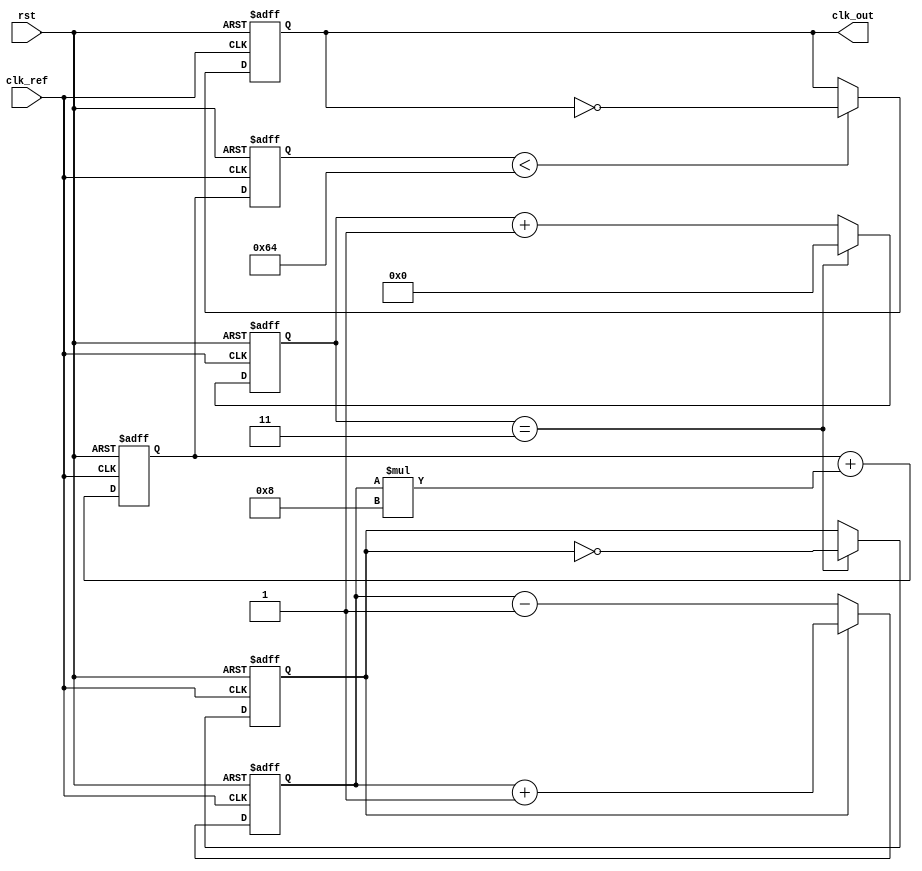
module ADPLL (
    input wire clk_ref,           // Reference clock input
    input wire rst,               // Reset signal
    output wire clk_out           // Output clock
);

// Parameters
parameter DIV_FACTOR = 4;       // Frequency divider factor
parameter PI_GAIN = 8;           // Gain for the PI filter
parameter VCO_MAX_FREQ = 100;    // Max frequency for the VCO

// Internal signals
reg [3:0] phase_error;           // Phase error from PD
reg [7:0] vco_tuning;            // Tuning value for VCO
reg [7:0] loop_filter_output;    // Output from the loop filter
reg [3:0] divider_count;         // Divider counter
reg vco_clk;                     // VCO clock output
reg clk_div;                     // Divided clock output

// Phase Detector (PD)
always @(posedge clk_ref or posedge rst) begin
    if (rst) begin
        phase_error <= 4'b0;
    end else begin
        // Simple phase detector logic (PFD)
        if (clk_div) begin
            phase_error <= phase_error + 1; // Increment if VCO clock leads
        end else begin
            phase_error <= phase_error - 1; // Decrement if VCO clock lags
        end
    end
end

// Frequency Divider
always @(posedge clk_ref or posedge rst) begin
    if (rst) begin
        divider_count <= 0;
        clk_div <= 0;
    end else begin
        if (divider_count == DIV_FACTOR - 1) begin
            clk_div <= ~clk_div; // Toggle output clock
            divider_count <= 0;
        end else begin
            divider_count <= divider_count + 1;
        end
    end
end

// Loop Filter (PI Filter)
always @(posedge clk_ref or posedge rst) begin
    if (rst) begin
        loop_filter_output <= 0;
    end else begin
        // Simple PI filter
        loop_filter_output <= loop_filter_output + (phase_error * PI_GAIN);
    end
end

// Digital VCO
always @(posedge clk_ref or posedge rst) begin
    if (rst) begin
        vco_tuning <= 0;
        vco_clk <= 0;
    end else begin
        // Update VCO tuning based on loop filter output
        vco_tuning <= loop_filter_output;
        // Generate VCO clock based on tuning value (simplified)
        if (vco_tuning < VCO_MAX_FREQ) begin
            vco_clk <= ~vco_clk; // Toggle VCO clock
        end
    end
end

// Output Stage
assign clk_out = vco_clk;

endmodule